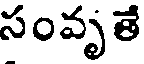
సంవృతే